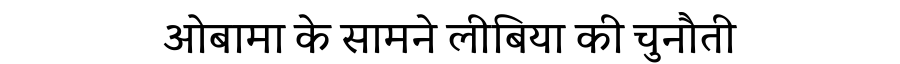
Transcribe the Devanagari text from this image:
ओबामा के सामने लीबिया की चुनौती